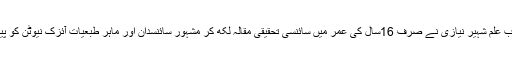
لاہور: پاکستانی طالب علم شہیر نیازی نے صرف 16سال کی عمر میں سائنسی تحقیقی مقالہ لکھ کر مشہور سائنسدان اور ماہر طبعیات آئزک نیوٹن کو پیچھے چھوڑ دیا ہے۔